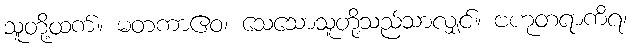
သူတို့ထက်။ မတကာဧဝ၊ သေသောသူတို့သည်သာလျှင်။ ဗဟုတရာကိရ၊